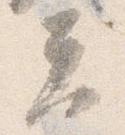
夫